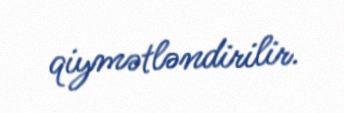
qiymətləndirilir.